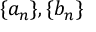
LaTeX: \{ a _ { n } \} , \{ b _ { n } \}